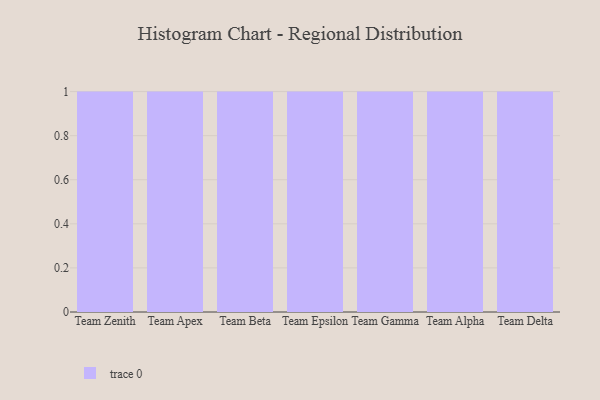
{"axis": {"x": "Team", "y": "Net Income (USD K)"}, "legend": [""], "data": [{"x": "Team Zenith", "y": 6, "type": ""}, {"x": "Team Apex", "y": 23, "type": ""}, {"x": "Team Beta", "y": 21, "type": ""}, {"x": "Team Epsilon", "y": 82, "type": ""}, {"x": "Team Gamma", "y": 93, "type": ""}, {"x": "Team Alpha", "y": 20, "type": ""}, {"x": "Team Delta", "y": 71, "type": ""}]}